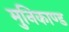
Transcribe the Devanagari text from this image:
मुनिकाण्ड